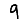
Digit: 9